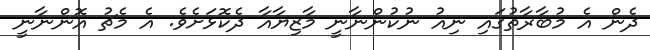
ދެން އެ މުބާރާތުގައި ނިއު ނުކުންނާނީ މާޒިޔާއާ ދެކޮޅަށެވެ. އެ މެޗު އޮންނާނީ